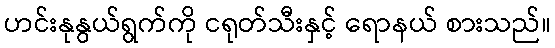
ဟင်းနုနွယ်ရွက်ကို ငရုတ်သီးနှင့် ရောနယ် စားသည်။